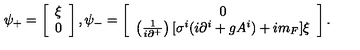
\psi _ { + } = \left[ \begin{array} { l } { \xi } \\ { 0 } \\ \end{array} \right] , \psi _ { - } = \left[ \begin{array} { c } { 0 } \\ { \left( \frac { 1 } { i \partial ^ { + } } \right) [ \sigma ^ { i } ( i \partial ^ { i } + g A ^ { i } ) + i m _ { F } ] \xi } \\ \end{array} \right] .